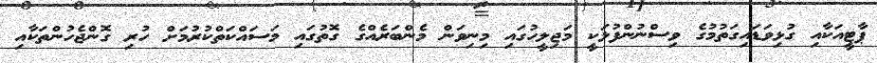
ޕާޓީއަކާއި ގުޅިވަޑައިގަތުމުގެ ވިސްނުންފުޅަކީ މަޖިލީހުގައި މިނިވަން މެންބަރެއްގެ ގޮތުގައި މަސައްކަތްކުރުމަށް ހުރި ގޮންޖެހުންތަކާއި